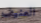
العنيف